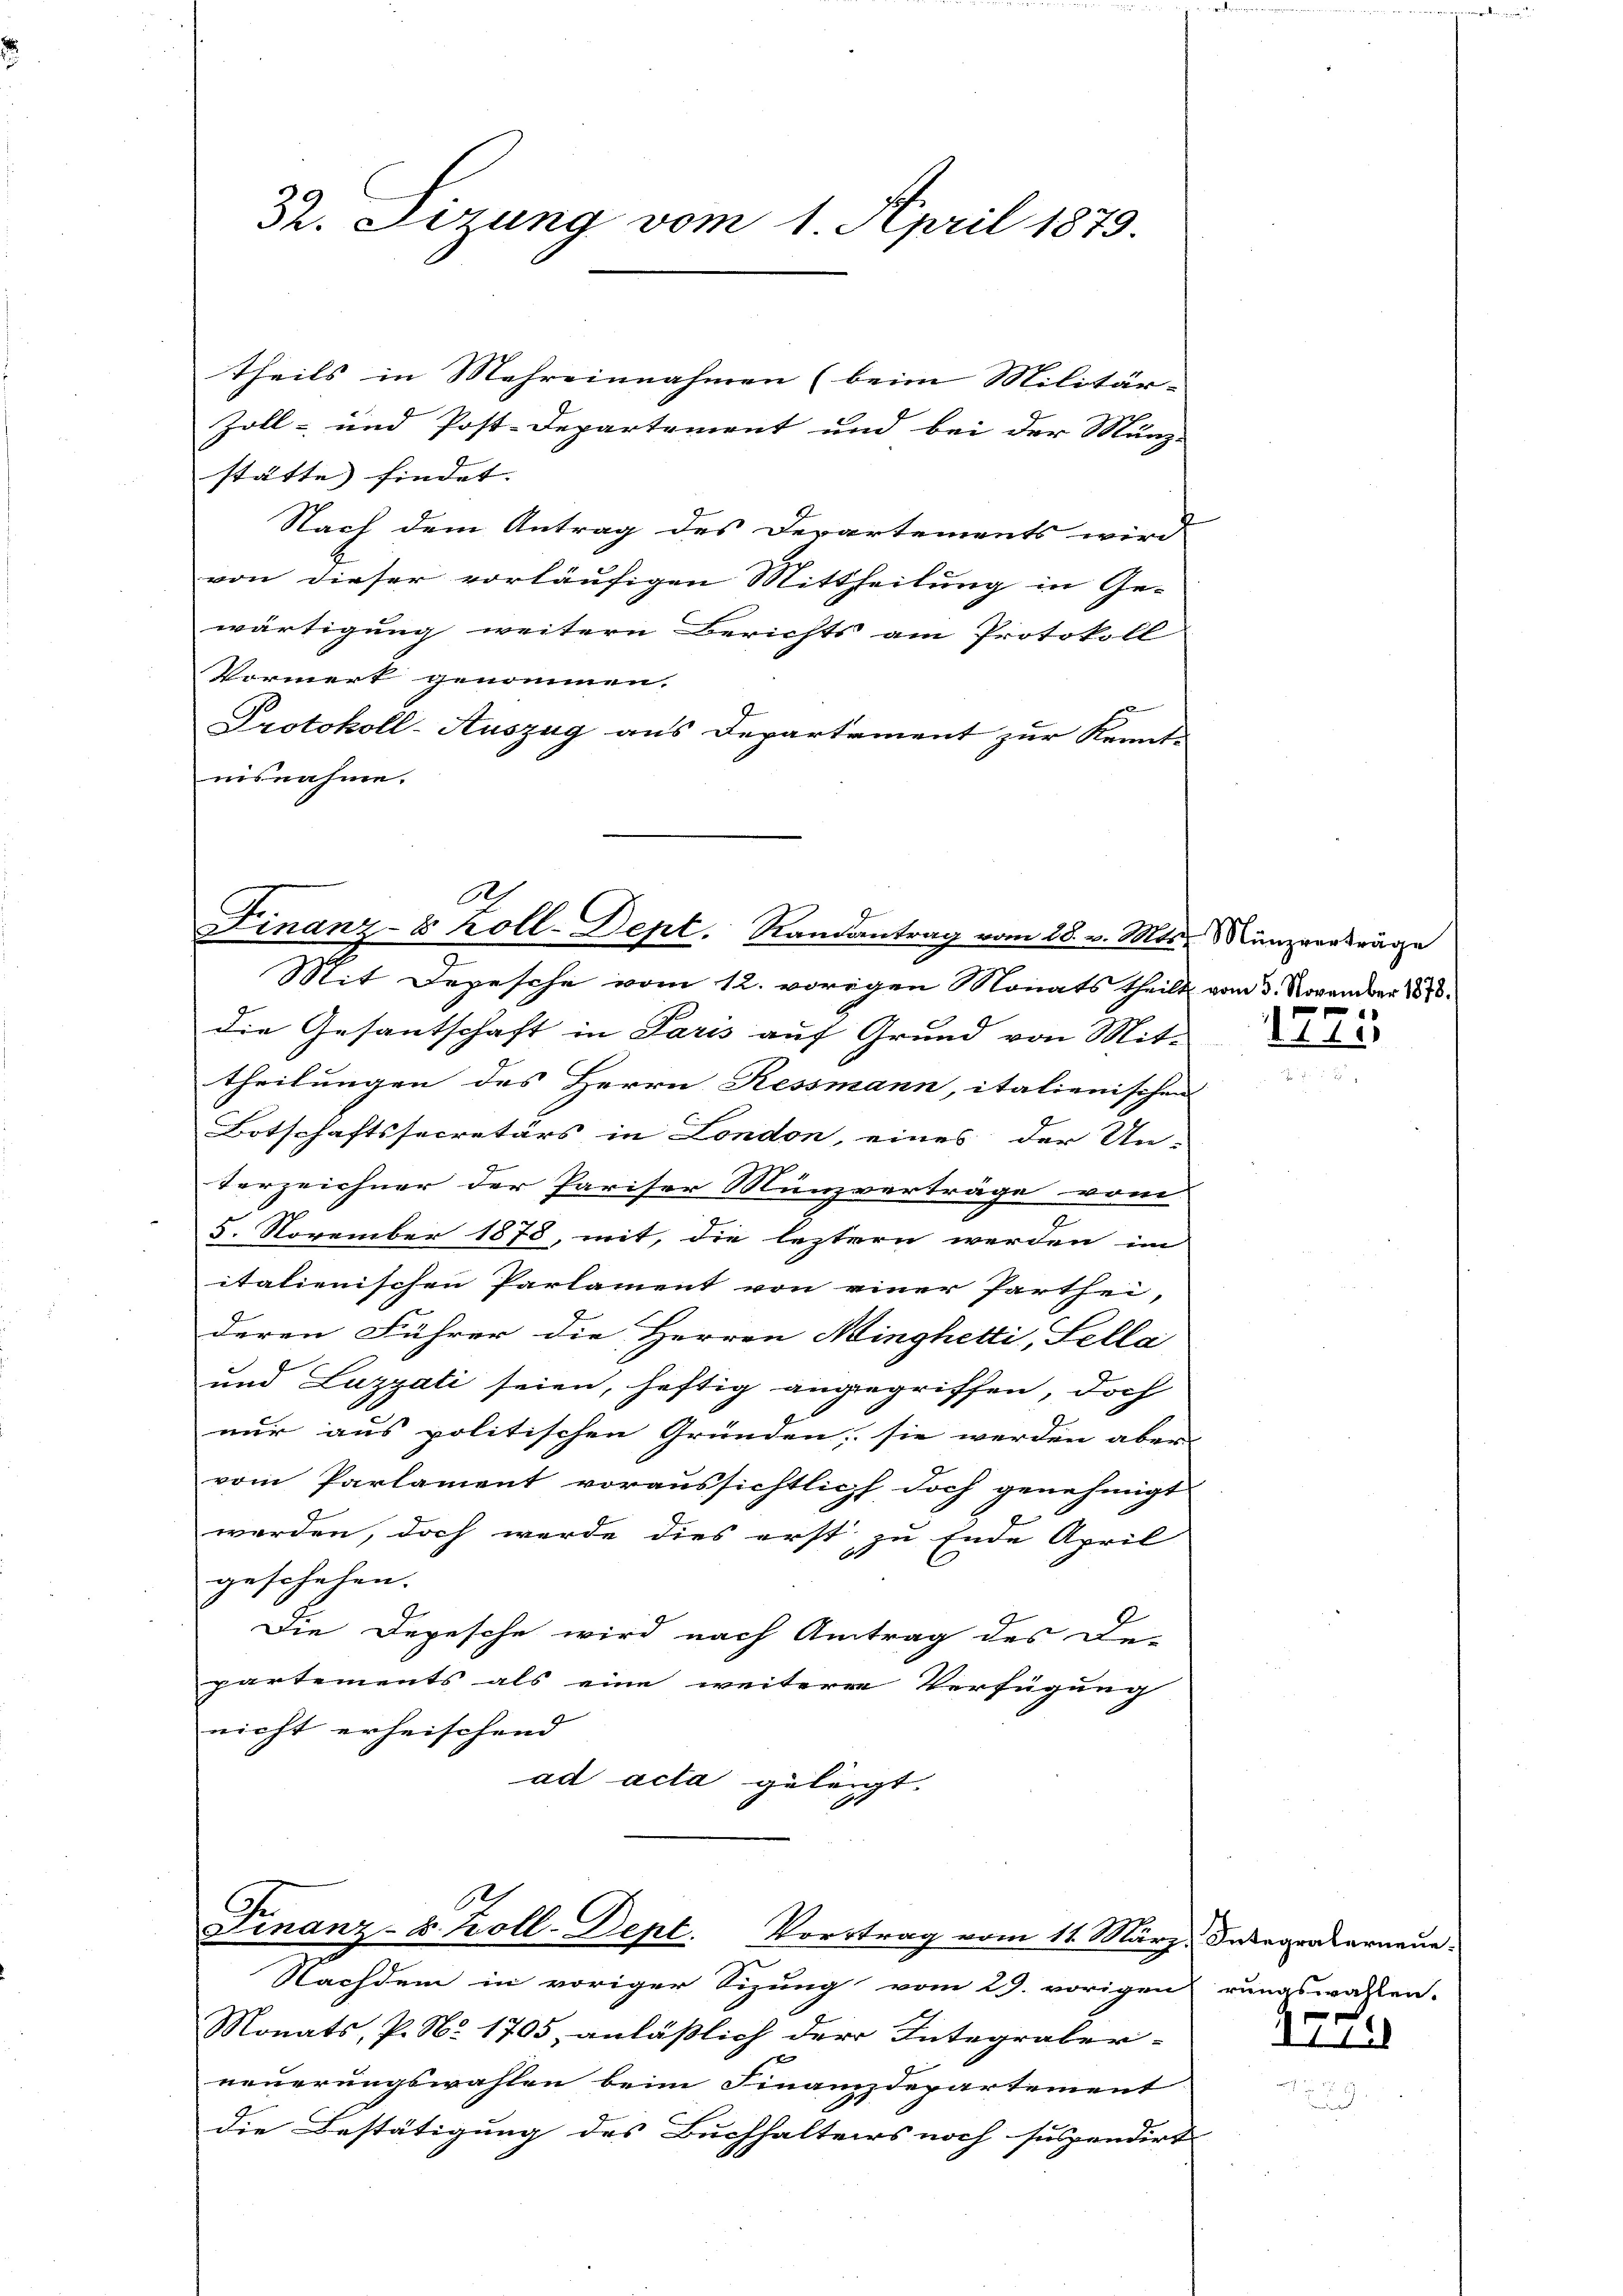
32. Sizung vom 1. April 1879.

theils in Mehreinnahmen (beim Militär-
Zoll- und Post-Departement und bei der Münz-
stätte findet. |
Nach dem Antrag des Departements wird
von dieser vorläufigen Mittheilung in Gewärtigung weitern Berichts am Protokoll
Vormerk genommen.
Protokoll-Auszug aus Departement zur Kennt-
nisnahme.

e
2.
Finanz-8 koll-Dept. Randantrag vom 28. v. Mts. Münzvorträge

Mit Depesche vom 12. vorigen Monats theilt vom 3. November 1870
die Gesantschaft in Paris auf Grund von Mit-
theilungen des Herrn Ressmann, italienischen
Botschaftssecretärs in London, eines der Un-
Verzeichner der Pariser Münzverträge vom
e
5. November 1878, mit, die leztern werden im
italienischen Parlament von einer Parthei-
deren Führer die Herren Minghetti, Sella
und Luzzati seien, heftig angegriffen, doch
nur aus politischen Gründen; sie werden aber
vom Parlament voraussichtlich doch genehmigt
werden, doch werde dies erst zu Ende April
geschehen.
Die Depesche wird nach Antrag des Departements als eine weiterer Verfügung
nicht erheischend
ad acta geleigt.
Finanz- B. Koll-Dept. Vortrag vom 11. März, Inbegrakerneue
Nachdem in voriger Sizung vom 29. vorigen rungswahlen.
Monats, P. No 1705, anläßlich der Integraber-
neuerungswahlen beim Finanzdepartement
die Bestätigung des Buchhalters noch suspendirt

1775.

7